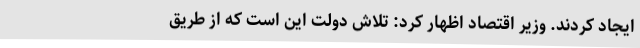
ایجاد کردند. وزیر اقتصاد اظهار کرد: تلاش دولت این است که از طریق